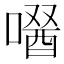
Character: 𠼣